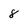
Character: 8